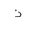
Letter: _thal